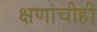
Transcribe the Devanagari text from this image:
क्षणाचीही